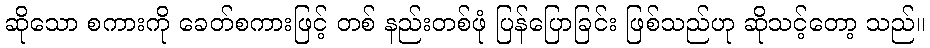
ဆိုသော စကားကို ခေတ်စကားဖြင့် တစ် နည်းတစ်ဖုံ ပြန်ပြောခြင်း ဖြစ်သည်ဟု ဆိုသင့်တော့ သည်။